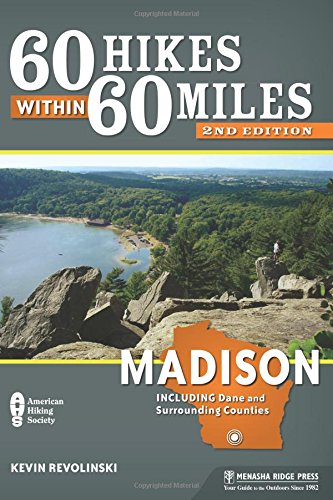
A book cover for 60 Hikes Within 60 Miles: Madison: Including Dane and Surrounding Counties; Kevin Revolinski; Health, Fitness & Dieting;